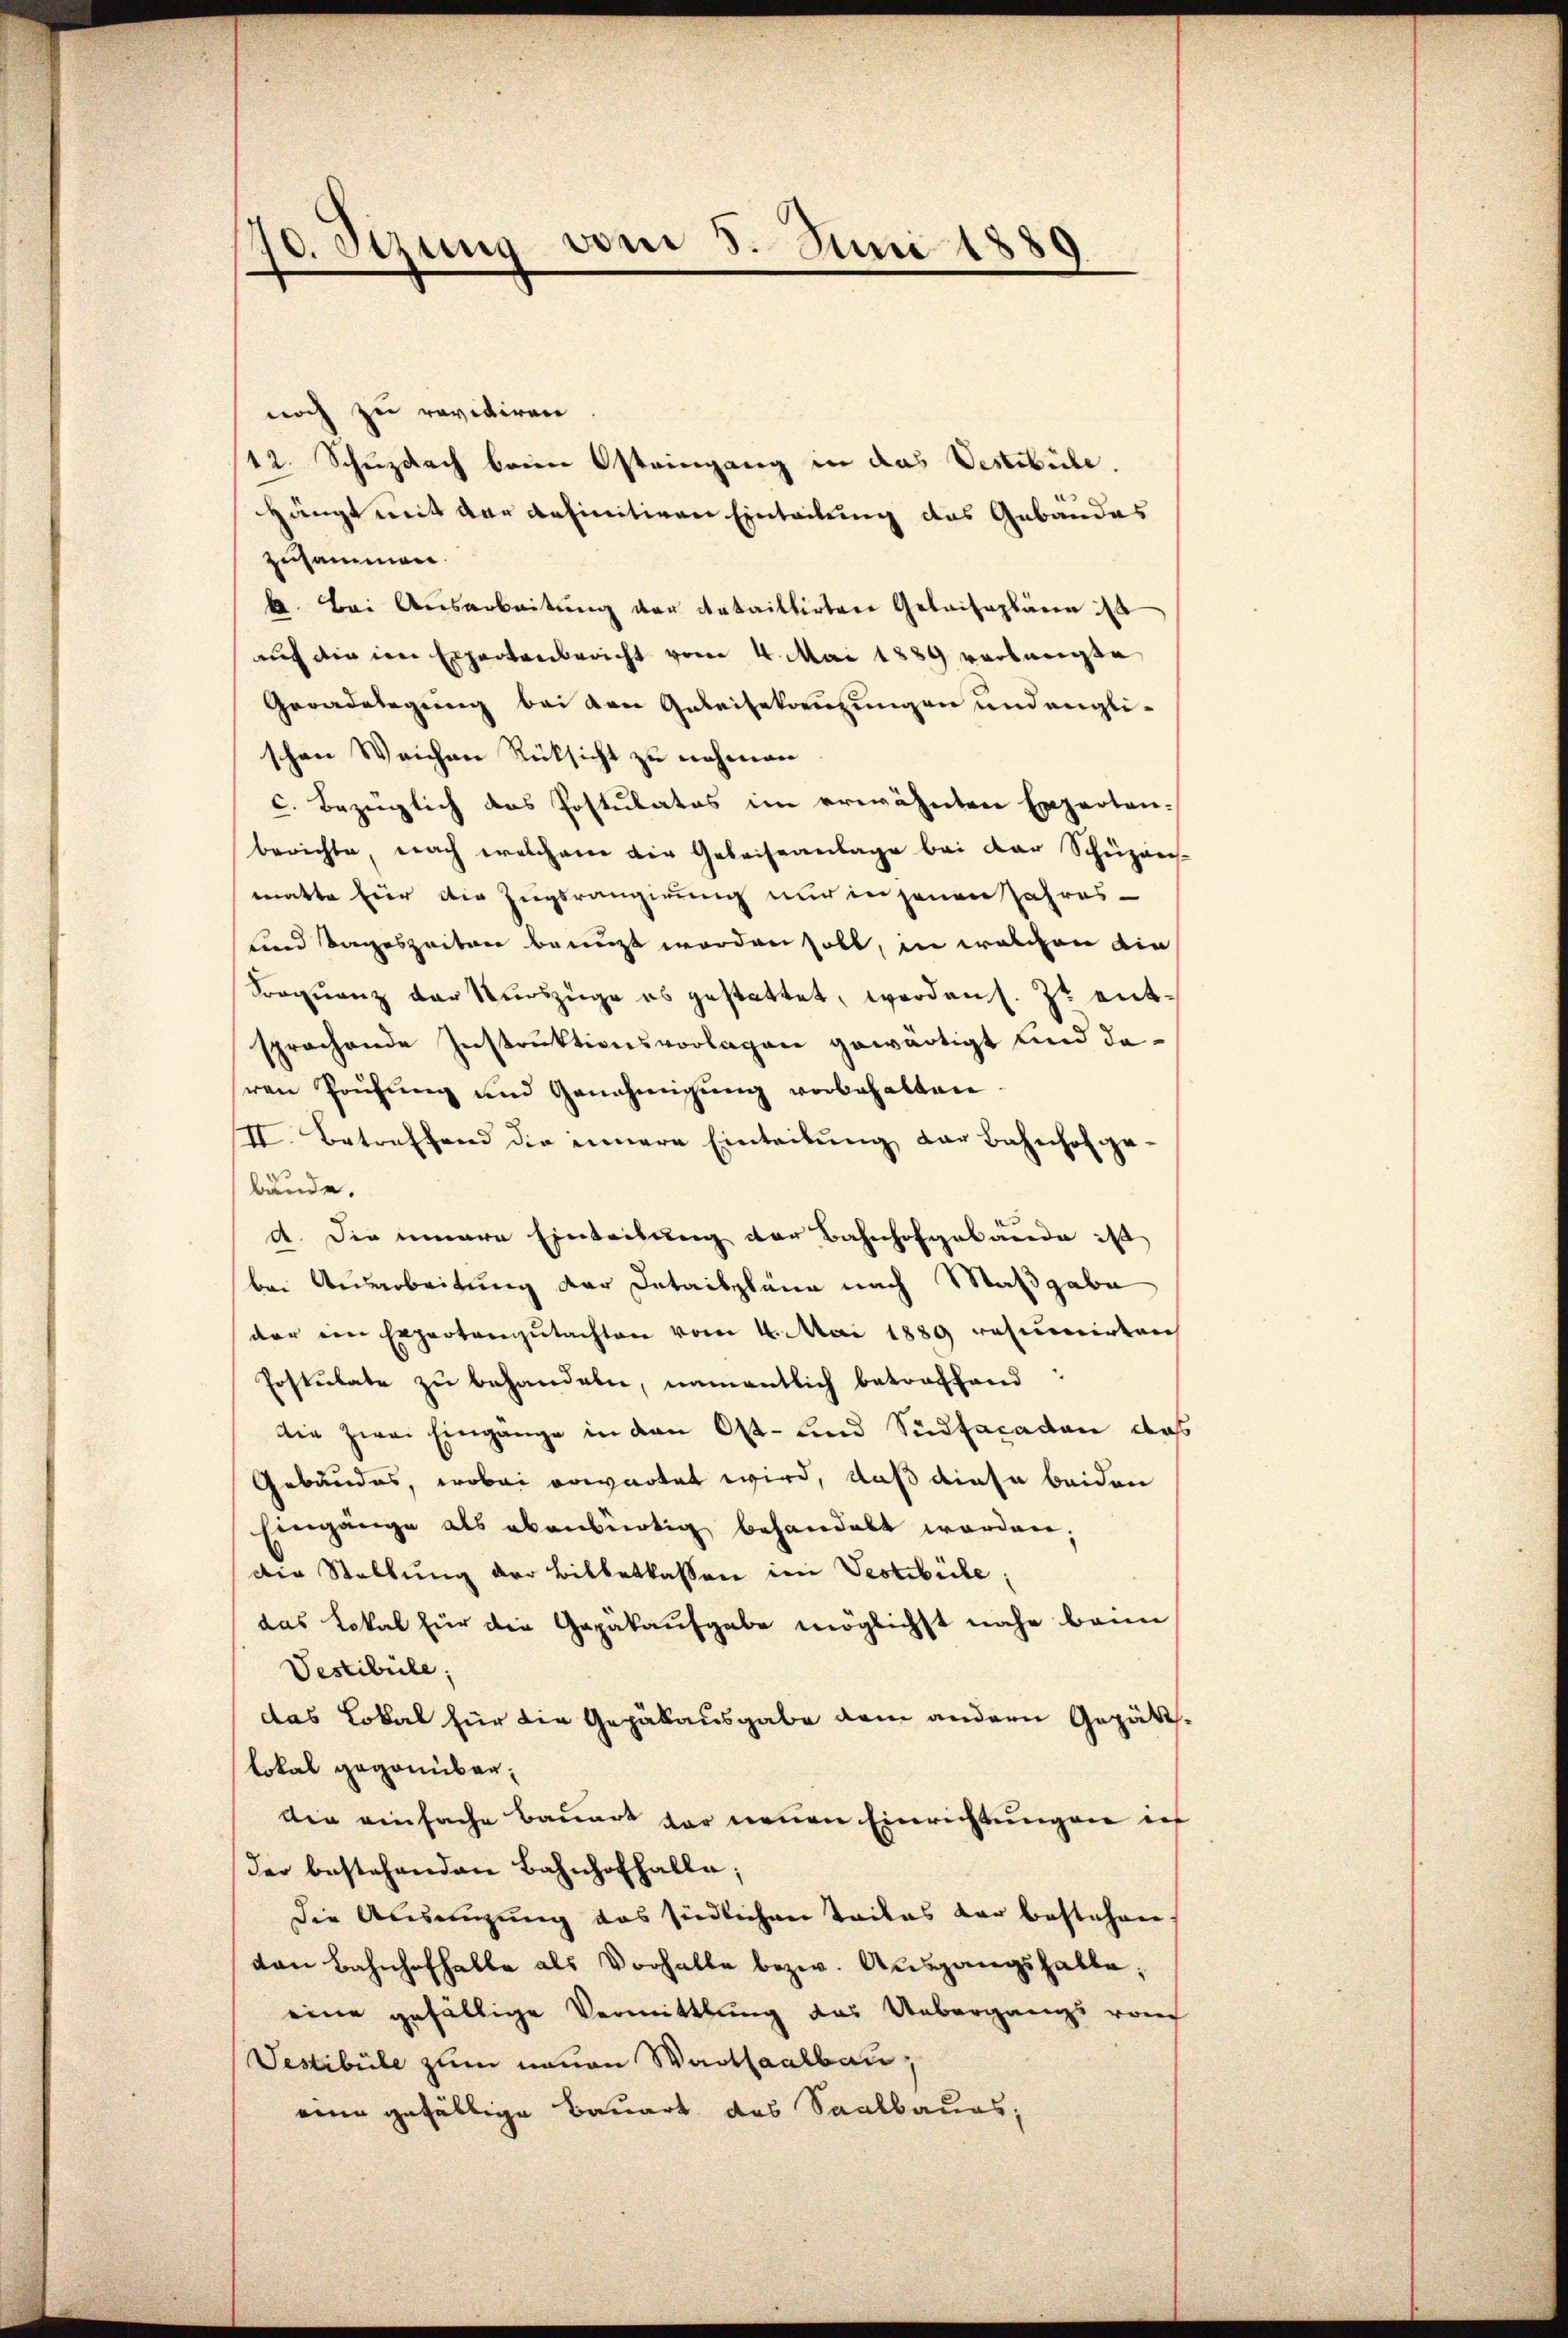
40. Sizung vom 5. Juni 1889

noch zu revitiren
12. Schuzdach beim Osteingang in das Vestibübe.
Hängt mit der definitiven Einteilung des Gebäudes
zusammen.
k. Bei Ausarbeitung der dataillirten Gebaisaplänen ist
auf die im Expertenbericht vom 4. Mai 1889 verlangte
Geradelegung bei den Gebeisekreuzungen und engli-
schen Weichen Rüksicht zu nehmen
c. bezüglich das Postulatos im erwähnten Expertenberichte, nach welchem die Geleiseanlage bei der Schüzen
matte Eier die Zugsrangirung nur in jenen Jahres-
und Tageszeiten benuzt worden soll, in welchen die
Frequenz der Auszüge es gestattet, worden s. Zt. entsprochende Instruktionsvorlagen gewärtigt und daren Prüfŭng und Genehmigŭng vorbehalten.
II. Betreffend die innere Einteilung der Bahnhofgebunde.
d. Die innere Einteilung der Bahnhofgebäude ist
bei Ausarbeitung der Detailpläne nach Maßgabe
der ein Expertengŭtachten vom 4. Mai 1889 resumirten
Postulate zu behandeln, namentlich betreffend:
die zwei Eingänge in den Ost- und Südfacaden das
Gebäudes, wobei erwartet wird, daß diese beiden
Eingänge als ebenbürtig behandelt worden.
Die Stellung der Billetlassen im Vestibüle;
das Lokal für die Gepäkaufgabe möglichst nahe bann
Vestibüle;
das Lokal für die Gepäkausgabe dem andern Gepätt
Lokal gegenüber,
din einfache Bauert vor neuen Einrichtungen ins
der bestehenden Bahnhofhalle;
die Absingung das siedlichen Teiles der bestehen
von Bahnhofhalle als Vorhalte bezw. Ausgangshalte;
eine gefällige Vermittlung das Uebergangs von
Vestibile zum neuen Wartsaalbau
eine gefällige Bauart des Saalbaues,